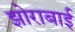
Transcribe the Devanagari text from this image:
झोराबाई